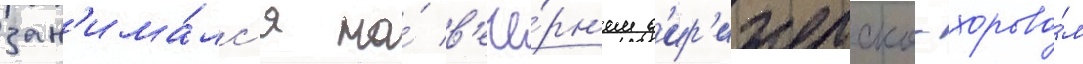
зан'има́лс'я на́ в'ече́рн'ем д'ир'ижерско-хорово́м